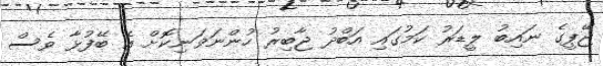
ޖޭޕީގެ ނައިބު ލީޑަރު ކަމުގައި އަބްދު ޖާބިރު ހުންނަވަނިކޮށް އެ ބޭފުޅާ ވެސް